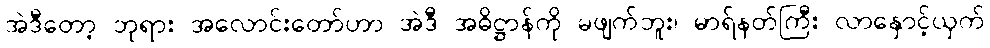
အဲဒီတော့ ဘုရား အလောင်းတော်ဟာ အဲဒီ အဓိဋ္ဌာန်ကို မဖျက်ဘူး၊ မာရ်နတ်ကြီး လာနှောင့်ယှက်